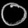
Digit: ၀